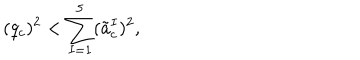
( q _ { c } ) ^ { 2 } < \sum _ { I = 1 } ^ { 5 } ( \tilde { a } _ { c } ^ { I } ) ^ { 2 } ,